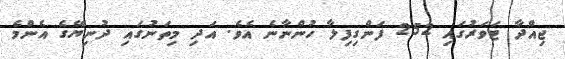
ޖިއްދާ ޓަވަރުގައި 252 ފަންގިފިލާ ހުންނާނެ އެވެ. އަދި މިތަނުގައި ދުނިޔޭގެ އެންމެ